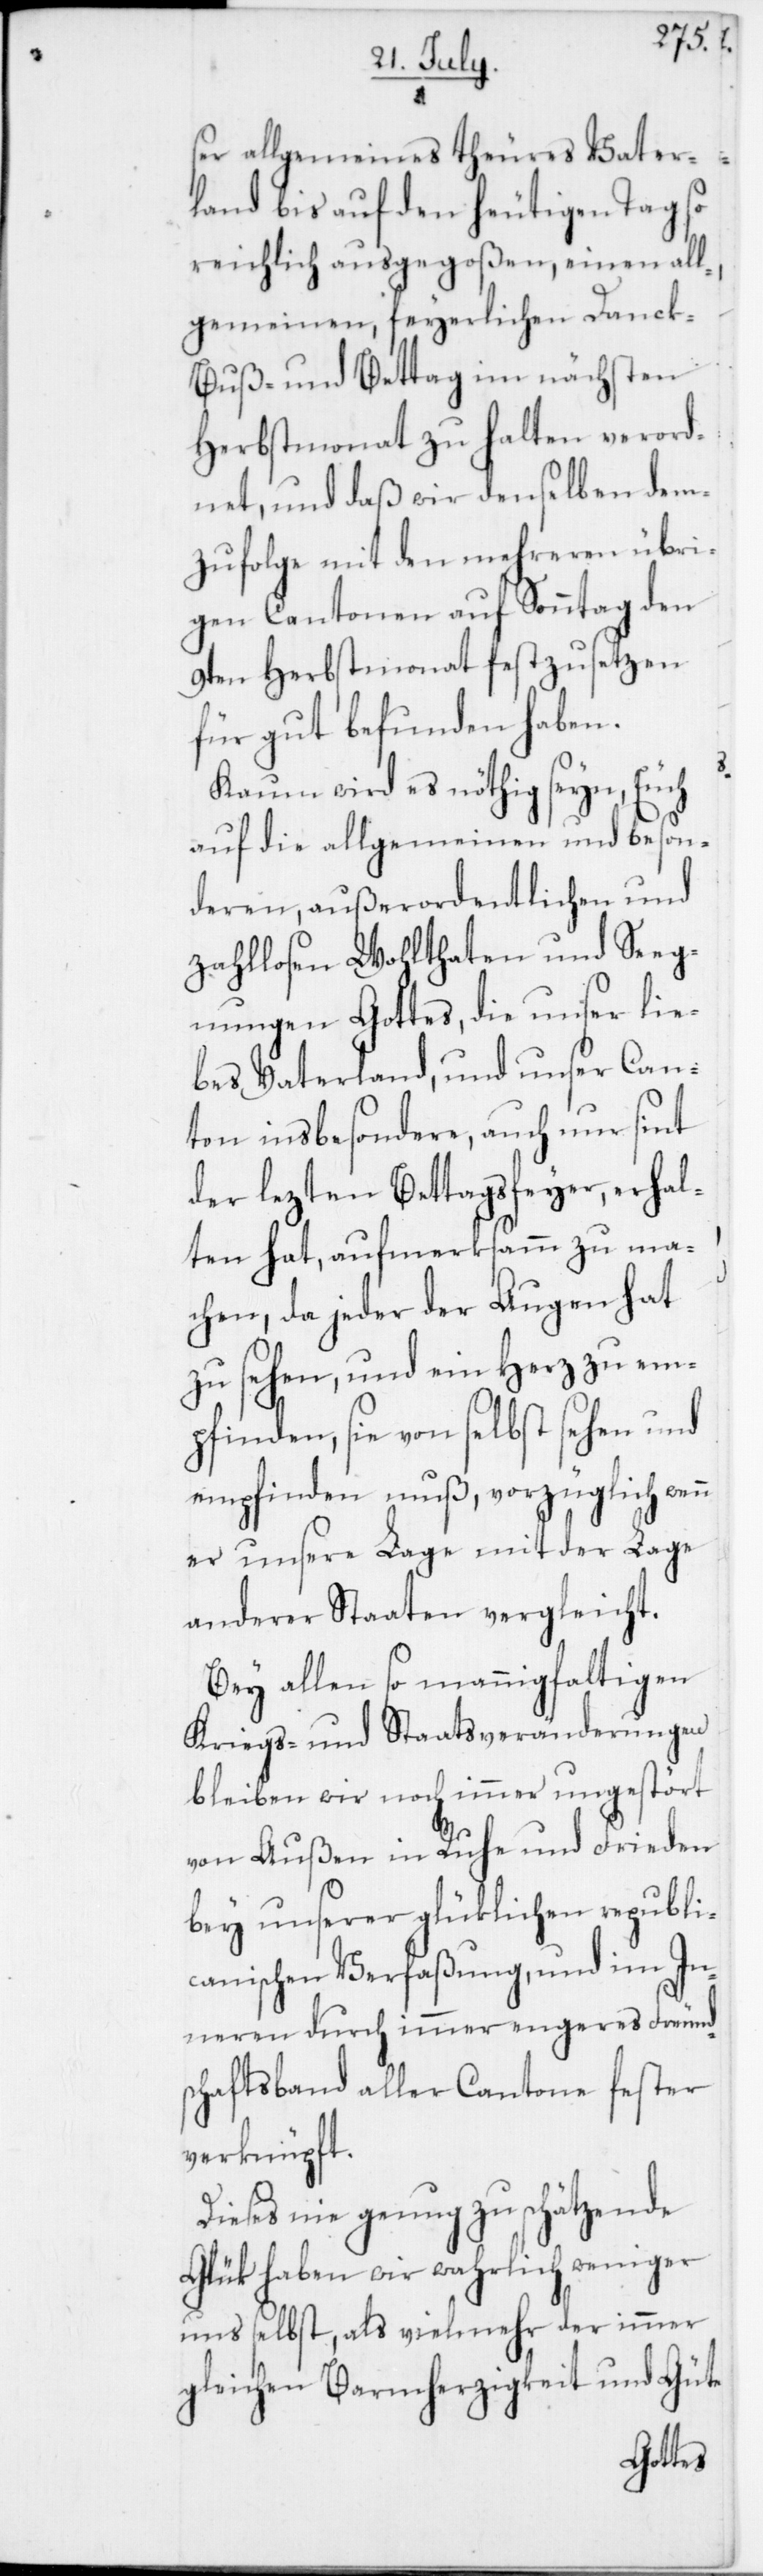
ser allgemeines theures Vater¬
land bis auf den heutigen Tag so
reichlich ausgegoßen, einen all¬
gemeinen feyerlichen Danck-,
Buß- und Bettag im nächsten
Herbstmonat zu halten verord¬
net, und daß wir denselben dem¬
zufolge mit den mehreren übri¬
gen Cantonen auf Sonntag den
9ten Herbstmonat festzusetzen
für gut befunden haben.
Kaum wird es nöthig seyn, Euch
auf die allgemeinen und beson¬
deren, außerordentlichen und
zahllosen Wohlthaten und Seeg¬
nungen Gottes, die unser lie¬
bes Vaterland, und unser Can¬
ton insbesondere, auch nur sint
der lezten Bettagsfeyer, erhal¬
ten hat, aufmerksamm zu ma¬
chen, da jeder der Augen hat
zu sehen und ein Herz zu em¬
pfinden, sie von selbst sehen und
empfinden muß, vorzüglich wenn
er unsere Lage mit der Lage
anderer Staaten vergleicht.
Bey allen so mannigfaltigen
Kriegs- und Staatsveränderungen
bleiben wir noch immer ungestört
von Außen in Ruhe und Frieden
bey unserer glüklichen republi¬
canischen Verfaßung, und im In¬
neren durch immer engeres Freund¬
schaftsband aller Cantone fester
verknüpft.
Dieses nie genug zu schätzende
Glük haben wir wahrlich weniger
und selbst, als vielmehr der immer
gleichen Barmherzigkeit und Güte